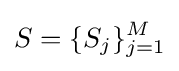
S=\{S_{j}\}_{j=1}^{M}